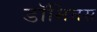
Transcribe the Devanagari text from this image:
डॉमिनस